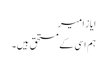
ایاز امیر
ہم اسی کے مستحق ہیں۔